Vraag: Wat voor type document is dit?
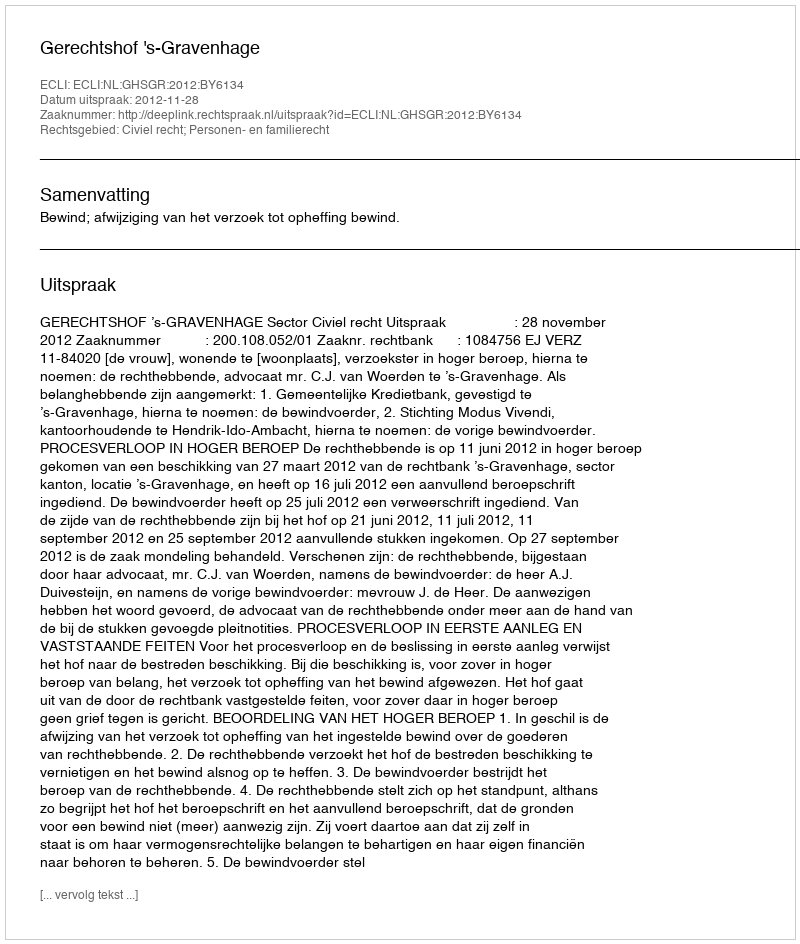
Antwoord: Uitspraak